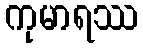
ကုမာရဿ